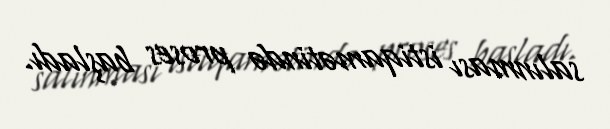
salınması istiqamətində proses başladı.